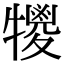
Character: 𤛵